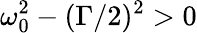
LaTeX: \omega_{0}^{2}-(\Gamma/2)^{2}>0